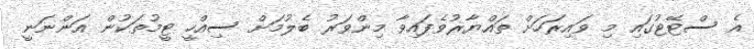
އެ ސްޓޭޓުގައި މި ވައިރަހަށް ތައްޔާރުވެފައިވާ މިންވަރު ބެލުމަށް ސިއްހީ ޓީމުތަކުން އަންނަނީ